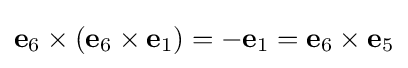
\mathbf {e} _{6}\times \left(\mathbf {e} _{6}\times \mathbf {e} _{1}\right)=-\mathbf {e} _{1}=\mathbf {e} _{6}\times \mathbf {e} _{5}